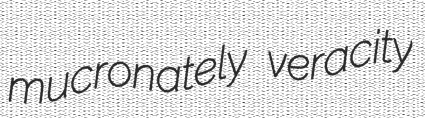
mucronately veracity